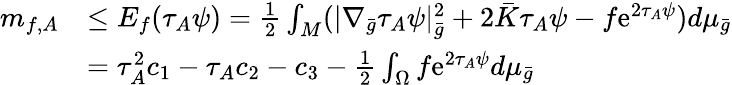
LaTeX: \begin{array}{rl}{m_{f,A}}&{\le E_{f}(\tau_{A}\psi)=\frac 12\int_{M}(|\nabla_{\bar{g}}\tau_{A}\psi|_{\bar{g}}^{2}+2\bar{K}\tau_{A}\psi-f\mathrm{e}^{2\tau_{A}\psi})d\mu_{\bar{g}}}\\ &{=\tau_{A}^{2}c_{1}-\tau_{A}c_{2}-c_{3}-\frac{1}{2}\int_{\Omega}f\mathrm{e}^{2\tau_{A}\psi}d\mu_{\bar{g}}}\end{array}